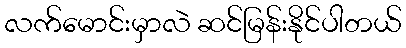
လက်မောင်းမှာလဲ ဆင်မြန်းနိုင်ပါတယ်